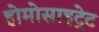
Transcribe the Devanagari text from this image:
होमोसाइट्रेट